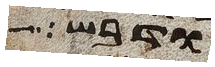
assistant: ודבש